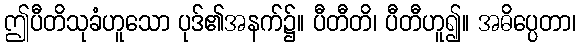
ဤပီတိသုခံဟူသော ပုဒ်၏အနက်၌။ ပီတီတိ၊ ပီတီဟူ၍။ အဓိပ္ပေတာ၊